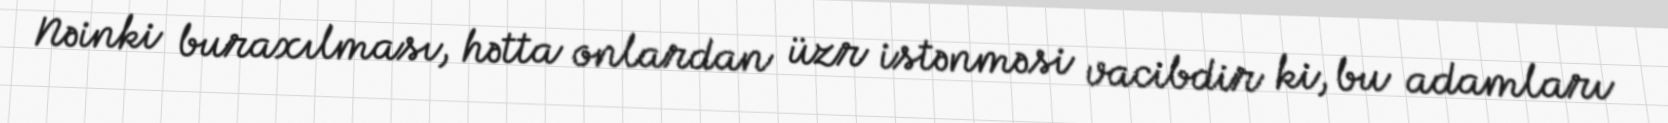
Nəinki buraxılması, hətta onlardan üzr istənməsi vacibdir ki, bu adamları